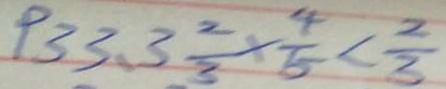
9 3 3 . 3 \frac { 2 } { 3 } + \frac { 4 } { 5 } < \frac { 2 } { 3 }